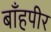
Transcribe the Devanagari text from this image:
बाँहपीर